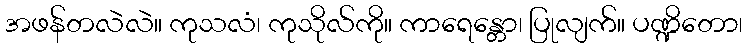
အဖန်တလဲလဲ။ ကုသလံ၊ ကုသိုလ်ကို။ ကာရေန္တော၊ ပြုလျက်။ ပဏ္ဍိတော၊